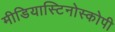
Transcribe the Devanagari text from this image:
मीडियास्टिनोस्कोपी